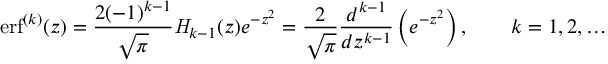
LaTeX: \operatorname { e r f } ^ { ( k ) } ( z ) = { \frac { 2 ( - 1 ) ^ { k - 1 } } { \sqrt { \pi } } } { \mathit { H } } _ { k - 1 } ( z ) e ^ { - z ^ { 2 } } = { \frac { 2 } { \sqrt { \pi } } } { \frac { d ^ { k - 1 } } { d z ^ { k - 1 } } } \left( e ^ { - z ^ { 2 } } \right) , \qquad k = 1 , 2 , \dots